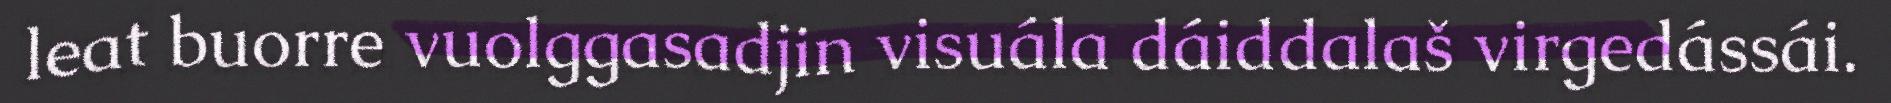
leat buorre vuolggasadjin visuála dáiddalaš virgedássái.